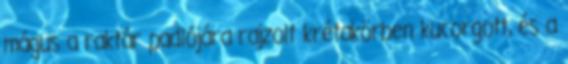
mágus a raktár padlójára rajzolt krétakörben kucorgott, és a